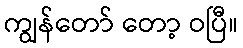
ကျွန်တော် တော့ ဝပြီ။